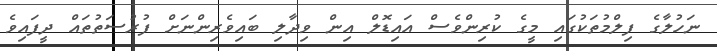
ނަހުލާގެ ފިލްމުތަކުގައި މީގެ ކުރިންވެސް އައިޑޮލް އިން ވިދާލި ބައިވެރިންނަށް ފުރުސަތުތައް ދީފައިވެ